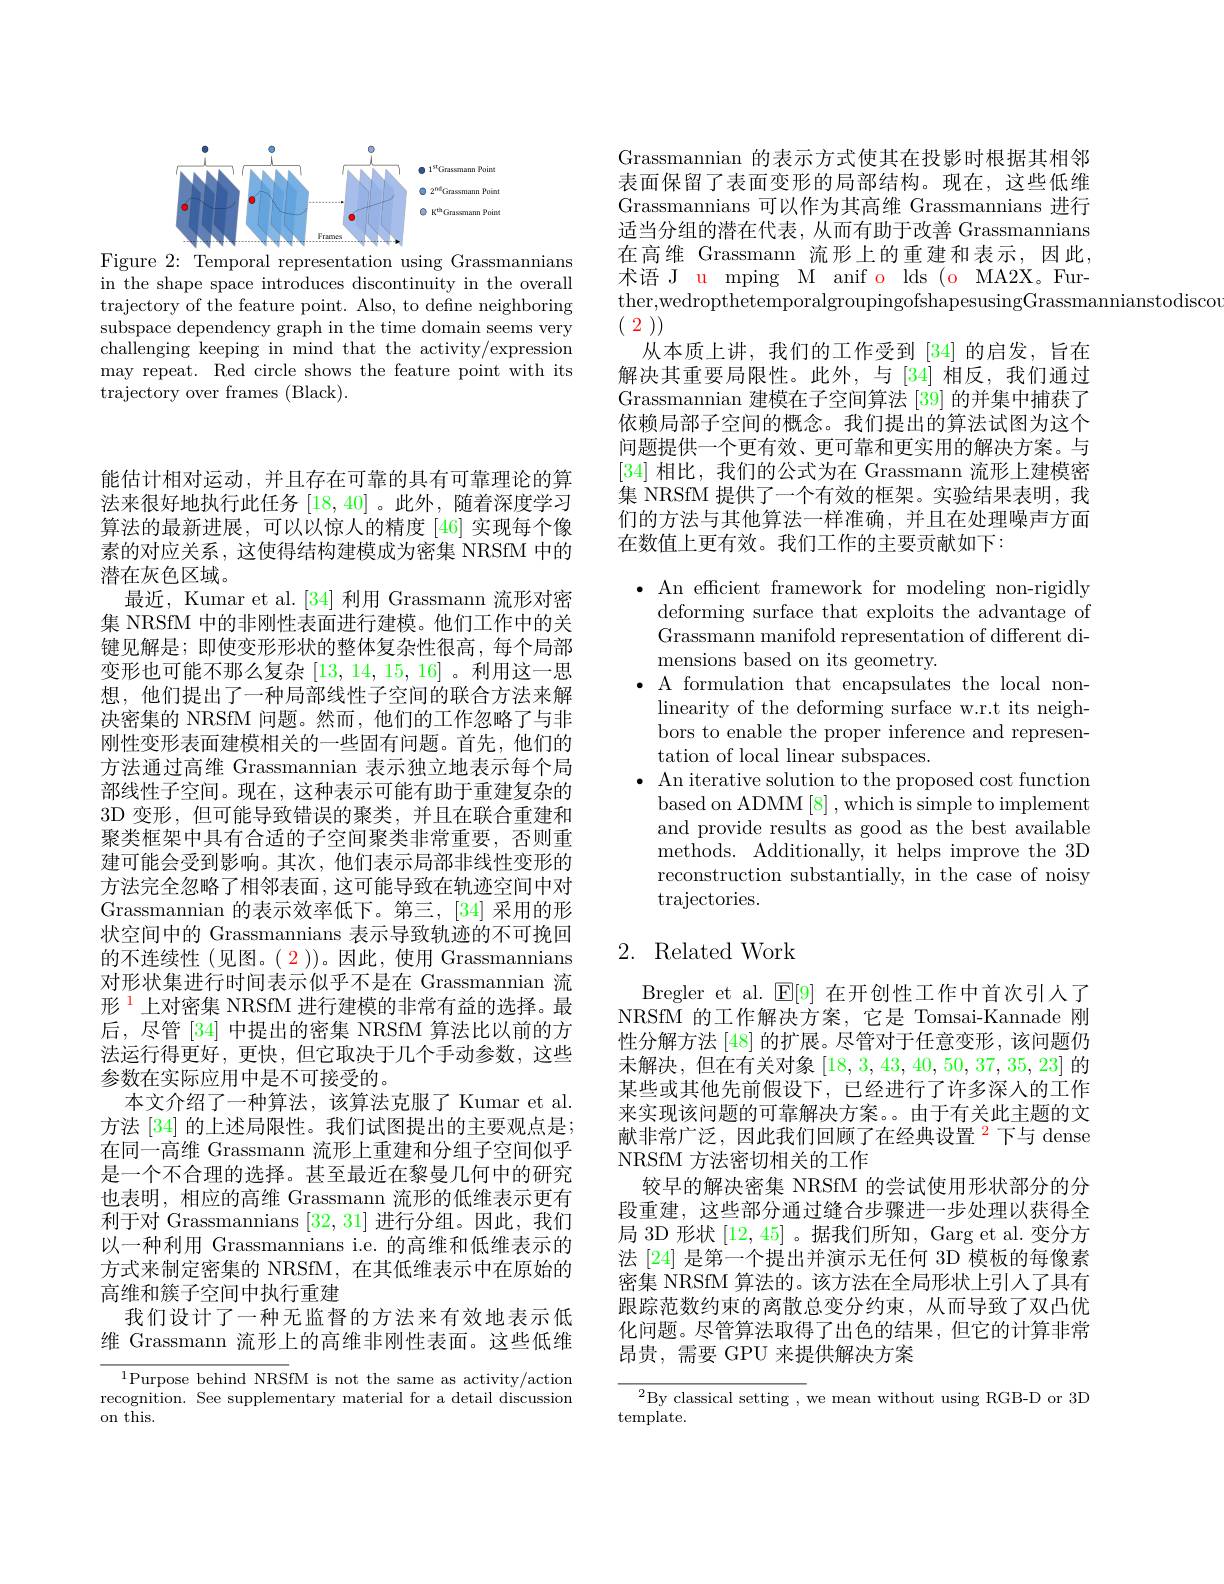
<FigureHere>
Figure 2: Temporal representation using Grassmannians

in the shape space introduces discontinuity in the overall trajectory of the feature point. Also, to define neighboring subspace dependency graph in the time domain seems very challenging keeping in mind that the activity/expression may repeat. Red circle shows the feature point with its trajectory over frames (Black).

能估计相对运动，并且存在可靠的具有可靠理论的算法来很好地执行此任务[18,40] 。此外，随着深度学习算法的最新进展，可以以惊人的精度[46]实现每个像素的对应关系，这使得结构建模成为密集 NRSfM 中的潜在灰色区域。
最近，Kumar et al.[34] 利用 Grassmann 流形对密集 NRSfM 中的非刚性表面进行建模。他们工作中的关键见解是；即使变形形状的整体复杂性很高，每个局部变形也可能不那么复杂 [13, 14, 15, 16] 。利用这一思想，他们提出了一种局部线性子空间的联合方法来解决密集的 NRSfM 问题。然而，他们的工作忽略了与非刚性变形表面建模相关的一些固有问题。首先，他们的方法通过高维 Grassmannian 表示独立地表示每个局部线性子空间。现在，这种表示可能有助于重建复杂的3D 变形，但可能导致错误的聚类，并且在联合重建和聚类框架中具有合适的子空间聚类非常重要，否则重建可能会受到影响。其次，他们表示局部非线性变形的方法完全忽略了相邻表面，这可能导致在轨迹空间中对Grassmannian 的表示效率低下。第三，[34] 采用的形状空间中的 Grassmannians 表示导致轨迹的不可挽回的不连续性(见图。( $\color{red}2$))。因此，使用 Grassmannians 对形状集进行时间表示似乎不是在 Grassmannian 流形$^{1}$上对密集 NRSfM 进行建模的非常有益的选择。最后，尽管[34]中提出的密集 NRSfM 算法比以前的方法运行得更好，更快，但它取决于几个手动参数，这些参数在实际应用中是不可接受的。
本文介绍了一种算法，该算法克服了 Kumar et al. 方法 [34] 的上述局限性。我们试图提出的主要观点是； 在同一高维 Grassmann 流形上重建和分组子空间似乎是一个不合理的选择。甚至最近在黎曼几何中的研究也表明，相应的高维 Grassmann 流形的低维表示更有利于对 Grassmannians [32,31]进行分组。因此，我们以一种利用 Grassmannians i.e. 的高维和低维表示的方式来制定密集的 NRSfM, 在其低维表示中在原始的高维和簇子空间中执行重建
我们设计了一种无监督的方法来有效地表示低维 Grassmann 流形上的高维非刚性表面。这些低维
$^{1}$Purpose behind NRSfM is not the same as activity/action

recognition. See supplementary material for a detail discussion
on this.

Grassmannian 的表示方式使其在投影时根据其相邻表面保留了表面变形的局部结构。现在，这些低维Grassmannians 可以作为其高维 Grassmannians 进行适当分组的潜在代表，从而有助于改善 Grassmannians 在高维 Grassmann 流形上的重建和表示，因此， 术语 J u mping M anif o lds (o MA2X。Further,wedropthetemporalgroupingofshapesusingGrassmannianstodiscon
$(\begin{array}{c}2\end{array}))$

从本质上讲，我们的工作受到[34]的启发，旨在解决其重要局限性。此外，与[34]相反，我们通过Grassmannian 建模在子空间算法 [39] 的并集中捕获了依赖局部子空间的概念。我们提出的算法试图为这个问题提供一个更有效、更可靠和更实用的解决方案。与[34]相比，我们的公式为在 Grassmann 流形上建模密集 NRSfM 提供了一个有效的框架。实验结果表明，我们的方法与其他算法一样准确，并且在处理噪声方面在数值上更有效。我们工作的主要贡献如下：

$\bullet$ An efficient framework for modeling non-rigidly
deforming surface that exploits the advantage of Grassmann manifold representation of different dimensions based on its geometry.
$\bullet$ A formulation that encapsulates the local non-
linearity of the deforming surface w.r.t its neighbors to enable the proper inference and representation of local linear subspaces.
$\bullet$ An iterative solution to the proposed cost function
based on ADMM[8] , which is simple to implement and provide results as good as the best available methods. Additionally, it helps improve the 3D reconstruction substantially, in the case of noisy $\operatorname{trajectories}.$

# 2. Related Work

Bregler et al. $\operatorname{E}[9]$在开创性工作中首次引人了NRSfM 的工作解决方案，它是 Tomsai-Kannade 刚性分解方法 [48] 的扩展。尽管对于任意变形，该问题仍末解决，但在有关对象[18,3,43,40,50,37,35,23]的某些或其他先前假设下，已经进行了许多深入的工作来实现该问题的可靠解决方案。。由于有关此主题的文献非常广泛，因此我们回顾了在经典设置$^{2}$下与 dense NRSfM 方法密切相关的工作
较早的解决密集 NRSfM 的尝试使用形状部分的分段重建，这些部分通过缝合步骤进一步处理以获得全局 3D 形状[12,45] 。据我们所知，Garg et al.变分方法 [24] 是第一个提出并演示无任何 3D 模板的每像素密集 NRSfM 算法的。该方法在全局形状上引入了具有跟踪范数约束的离散总变分约束，从而导致了双凸优化问题。尽管算法取得了出色的结果，但它的计算非常昂贵，需要 GPU 来提供解决方案

${{}^{2}\text{By classical setting , }}$we mean without using RGB-D or 3D
$\operatorname{template}.$